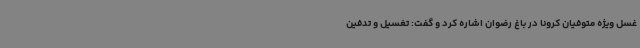
غسل ویژه متوفیان‌ کرونا در باغ رضوان اشاره کرد و گفت: تغسیل و تدفین